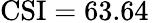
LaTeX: \mathrm{CSI}=63.64\